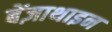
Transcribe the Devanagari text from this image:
बेंज़ाथाइन